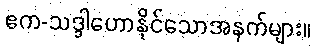
ဧက-သဒ္ဒါဟောနိုင်သောအနက်များ။